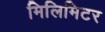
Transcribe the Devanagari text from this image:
मिलिमिटर